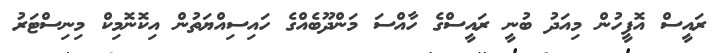
ރައީސް އޮފީހުން މިއަދު ބުނީ ރައީސްގެ ހާއްސަ މަންދޫބެއްގެ ހައިސިއްޔަތުން އިކޮނޮމިކް މިނިސްޓަރު